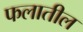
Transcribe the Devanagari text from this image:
फलातील